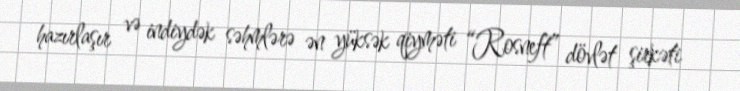
hazırlaşır və indiydək səhmlərə ən yüksək qiyməti “Rosneft” dövlət şirkəti